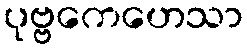
ပုဗ္ဗကေဟေသာ